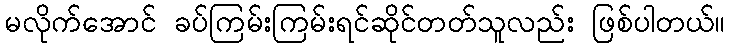
မလိုက်အောင် ခပ်ကြမ်းကြမ်းရင်ဆိုင်တတ်သူလည်း ဖြစ်ပါတယ်။